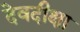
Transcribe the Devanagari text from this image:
देवदीक्षा